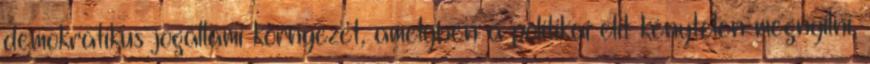
demokratikus jogállami környezet, amelyben a politikai elit kénytelen megnyílni,